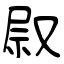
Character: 叞